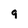
Character: 9